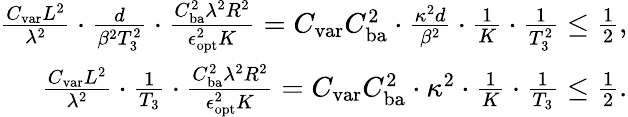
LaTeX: \begin{array}{r}{\frac{C_{\textup{var}}L^{2}}{\lambda^{2}}\cdot\frac{d}{\beta^{2}T_{3}^{2}}\cdot\frac{C_{\textup{ba}}^{2}\lambda^{2}R^{2}}{\epsilon_{\textup{opt}}^{2}K}=C_{\textup{var}}C_{\textup{ba}}^{2}\cdot\frac{\kappa^{2}d}{\beta^{2}}\cdot\frac 1K\cdot\frac 1{T_{3}^{2}}\le\frac{1}{2},}\\ {\frac{C_{\textup{var}}L^{2}}{\lambda^{2}}\cdot\frac{1}{T_{3}}\cdot\frac{C_{\textup{ba}}^{2}\lambda^{2}R^{2}}{\epsilon_{\textup{opt}}^{2}K}=C_{\textup{var}}C_{\textup{ba}}^{2}\cdot\kappa^{2}\cdot\frac 1K\cdot\frac 1{T_{3}}\le\frac{1}{2}.}\end{array}